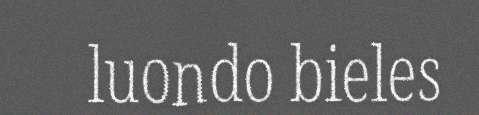
luondo bieles